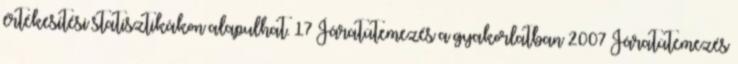
értékesítési statisztikákon alapulhat. 17 Járatütemezés a gyakorlatban 2007 Járatütemezés